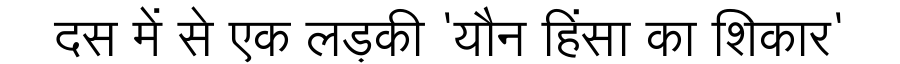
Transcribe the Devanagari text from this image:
दस में से एक लड़की 'यौन हिंसा का शिकार'